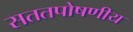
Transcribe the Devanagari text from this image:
सततपोषणीय